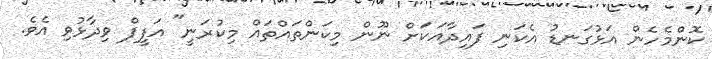
ކޮންމެހެން އަޅުގަނޑު އެކަނި ފައިދާއަކަށް ނޫން މިކަންތައްތައް މިކުރަނީ" އަފީފް ވިދާޅުވި އެވެ.